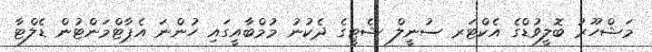
މަޝްހޫރު ބޮލީވުޑްގެ އެކްޓަރ ސުނީލް ޝެޓީގެ ދެކުނު މުމްބާއީގައި ހުންނަ އެޕާޓްމަންޓުން ޑެލްޓާ